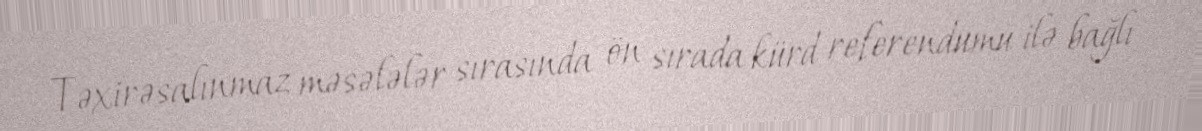
Təxirəsalınmaz məsələlər sırasında ön sırada kürd referendumu ilə bağlı